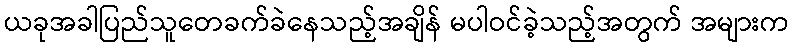
ယခုအခါပြည်သူတေခက်ခဲနေသည့်အချိန် မပါဝင်ခဲ့သည့်အတွက် အများက